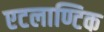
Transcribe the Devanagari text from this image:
एटलाण्टिक